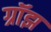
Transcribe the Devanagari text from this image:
ग्रॉझ